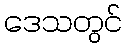
ဒေသတွင်